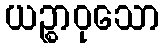
ယဉ္စာဝုသော